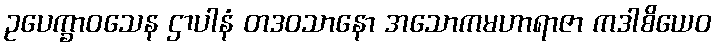
ဥပေက္ခာဝသေန ဌာပါနံ တဒဝသာနော အသောကမဟာရာဇာ ကဒါစိယေဝ